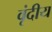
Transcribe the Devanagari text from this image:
वृंदीय